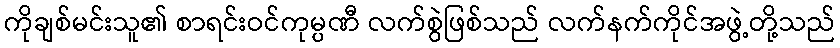
ကိုချစ်မင်းသူ၏ စာရင်းဝင်ကုမ္ပဏီ လက်စွဲဖြစ်သည် လက်နက်ကိုင်အဖွဲ့တို့သည်